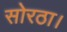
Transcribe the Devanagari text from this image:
सोरठा।